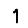
Digit: 1